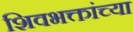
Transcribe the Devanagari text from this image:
शिवभक्तांच्या